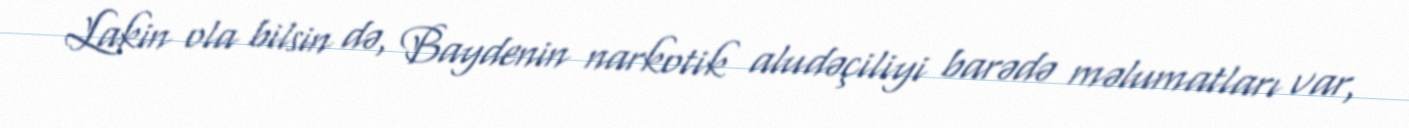
Lakin ola bilsin də, Baydenin narkotik aludəçiliyi barədə məlumatları var,